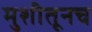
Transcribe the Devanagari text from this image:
मुशीतूनच